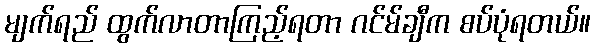
မျက်ရည် ထွက်လာတာကြည့်ရတာ ဂင်မ်ချီက စပ်ပုံရတယ်။